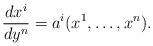
\begin{align*}\frac{dx^{i}}{dy^{n}}=a^{i}(x^{1},\ldots ,x^{n}).\end{align*}